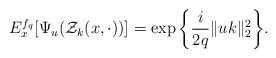
LaTeX: \begin{align*}E_{x}^{f_{q}} [\Psi_u(\mathcal Z_k(x,\cdot))]=\exp\bigg\{\frac{i}{2q}\|uk\|_{2}^2 \bigg\}. \end{align*}